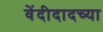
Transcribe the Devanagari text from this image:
वेंदीदादच्या